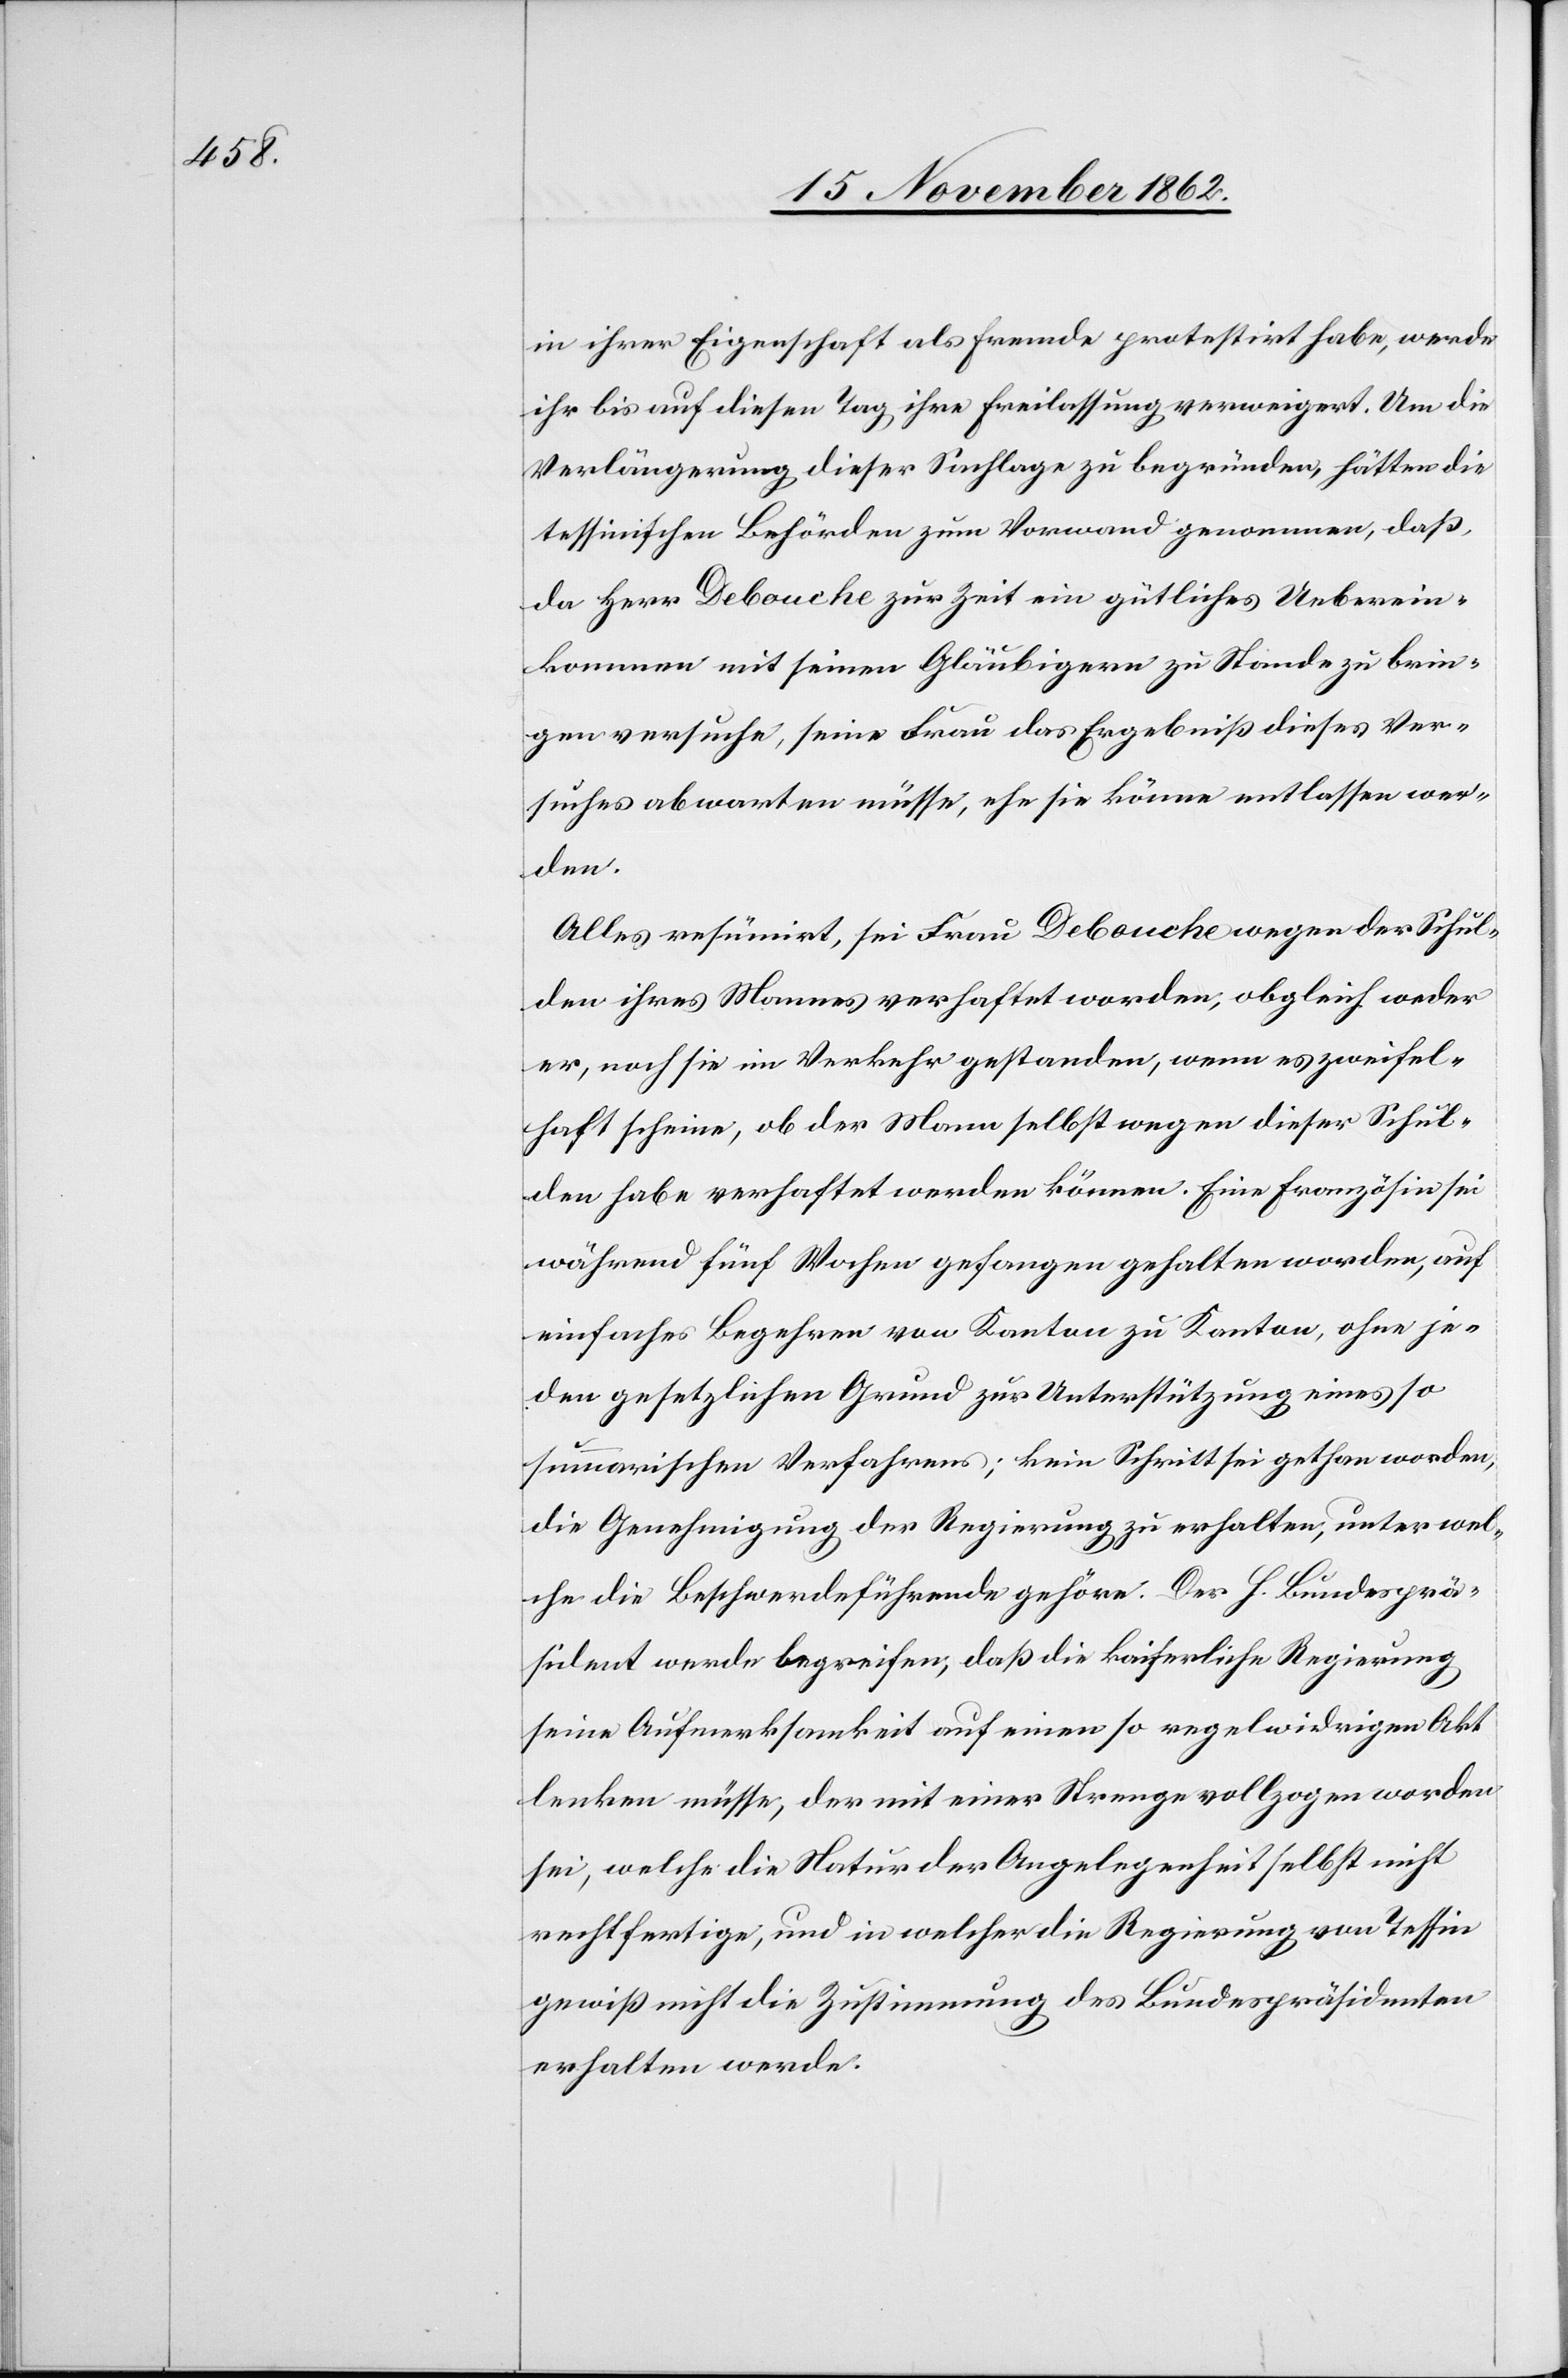
in ihrer Eigenschaft als fremde protestirt habe, werde
ihr bis auf diesen Tag ihre Freilassung verweigert. Um die
Verlängerung dieser Sachlage zu begründen, hätten die
tessinischen Behörden zum Vorwand genommen, daß,
da Herr Debouche zur Zeit ein gütliches Ueberein¬
kommen mit seinen Gläubigern zu Stande zu brin¬
gen versuche, seine Frau das Ergebniß dieses Ver¬
suches abwarten müsse, ehe sie könne entlassen wer¬
den.
Alles resümirt, sei Frau Debouche wegen der Schul¬
den ihres Mannes verhaftet worden, obgleich weder
er, noch sie im Verkehr gestanden, wenn es zweifel¬
haft scheine, ob der Mann selbst wegen dieser Schul¬
den habe verhaftet werden können. Eine Französin sei
während fünf Wochen gefangen gehalten worden, auf
einfaches Begehren von Kanton zu Kanton, ohne je¬
den gesetzlichen Grund zur Unterstützung eines so
summarischen Verfahrens; kein Schritt sei gethan worden,
die Genehmigung der Regierung zu erhalten, unter wel¬
che die Beschwerdeführende gehöre. Der h. Bundesprä¬
sident werde begreifen, daß die kaiserliche Regierung
seine Aufmerksamkeit auf einen so regelwidrigen Akt
lenken müsse, der mit einer Strenge vollzogen worden
sei, welche die Natur der Angelegenheit selbst nicht
rechtfertige, und in welcher die Regierung von Tessin
gewiß nicht die Zustimmung des Bundespräsidenten
erhalten werde.